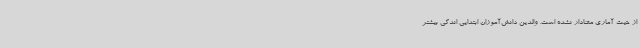
از حیث آماری معنادار نشده است. والدین دانش‌آموزان ابتدایی اندکی بیشتر